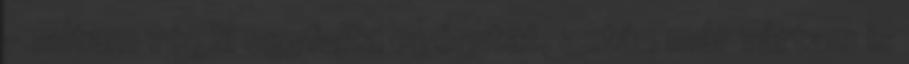
- adtam végül egyfajta egérutat, aztán már vártam is